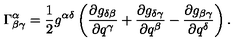
\Gamma _ { \beta \gamma } ^ { \alpha } = \frac 1 2 g ^ { \alpha \delta } \left( \frac { \partial g _ { \delta \beta } } { \partial q ^ { \gamma } } + \frac { \partial g _ { \delta \gamma } } { \partial q ^ { \beta } } - \frac { \partial g _ { \beta \gamma } } { \partial q ^ { \delta } } \right) .